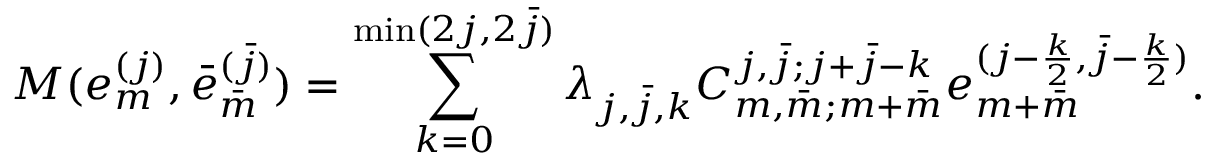
M ( e _ { m } ^ { ( j ) } , \bar { e } _ { \bar { m } } ^ { ( \bar { j } ) } ) = \sum _ { k = 0 } ^ { \operatorname* { m i n } ( 2 j , 2 \bar { j } ) } \lambda _ { j , \bar { j } , k } C _ { m , \bar { m } ; m + \bar { m } } ^ { j , \bar { j } ; j + \bar { j } - k } e _ { m + \bar { m } } ^ { ( j - \frac { k } { 2 } , \bar { j } - \frac { k } { 2 } ) } .